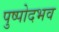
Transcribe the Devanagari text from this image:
पुष्पोदभव